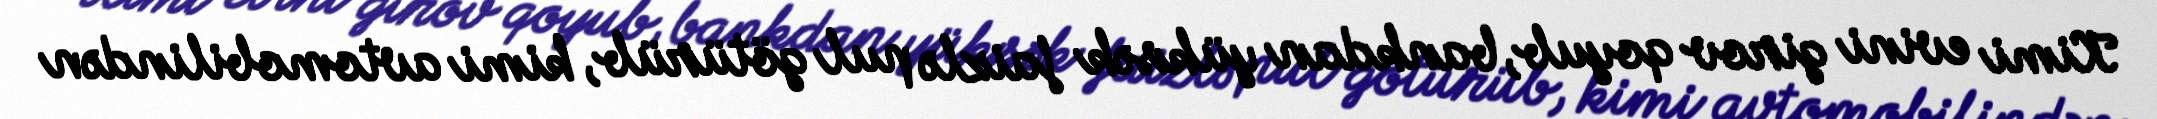
Kimi evini girov qoyub, bankdan yüksək faizlə pul götürüb, kimi avtomobilindən